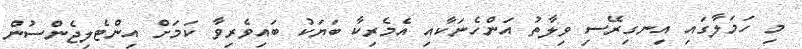
މި ހަމަލާގައި އިނގިރޭސި ވިލާތު އަންހެނަކާއި އެމެރިކާ ބަޔަކު ބައިވެރިވާ ކަމަށް އިންޓެލިޖެންސުން